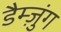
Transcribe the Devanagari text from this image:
डैम्ज़ुंग